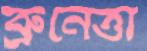
ব্রুনেত্তা